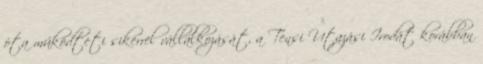
óta mûködteti sikerrel vállalkozását, a Tensi Utazási Irodát korábban